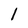
Character: l